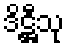
ဒိဋ္ဌီသု